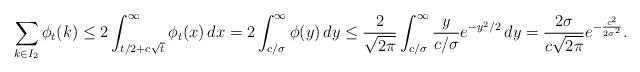
LaTeX: \begin{align*}\sum_{k \in I_2} \phi_t(k) \leq 2\int_{t/2+c\sqrt{t}}^{\infty} \phi_t(x) \, dx=2 \int_{c/\sigma}^\infty \phi(y) \, dy\leq \frac{2}{\sqrt{2\pi}} \int_{c/\sigma}^{\infty} \frac{y}{c/\sigma} e^{-y^2/2}\, dy = \frac{2\sigma}{c\sqrt{2\pi}} e^{-\frac{c^2}{2\sigma^2}}.\end{align*}